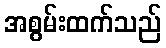
အစွမ်းထက်သည်